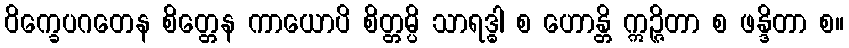
ဝိက္ခေပဂတေန စိတ္တေန ကာယောပိ စိတ္တမ္ပိ သာရဒ္ဓါ စ ဟောန္တိ ဣဉ္ဇိတာ စ ဖန္ဒိတာ စ။